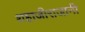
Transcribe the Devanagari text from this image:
शहाजीराजानी